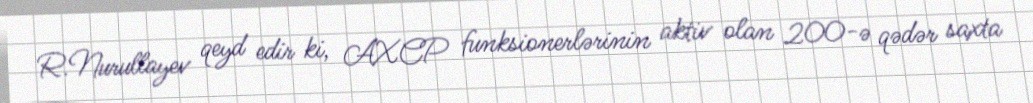
R.Nurullayev qeyd edir ki, AXCP funksionerlərinin aktiv olan 200-ə qədər saxta